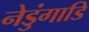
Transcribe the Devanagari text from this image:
नेडुंगाडि